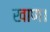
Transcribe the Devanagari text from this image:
खाण।